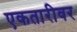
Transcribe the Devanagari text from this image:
एकतारीवर